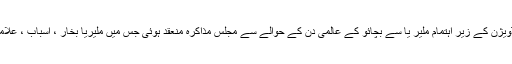
25 اپریل2018ء) پاکستان طبی کانفرنس لاہور ڈویژن کے زیر اہتمام ملیر یا سے بچائو کے عالمی دن کے حوالے سے مجلس مذاکرہ منعقد ہوئی جس میں ملیریا بخار ، اسباب ، علامت اور علاج کے موضوع پر اظہار خیال کیا گیا ۔